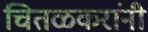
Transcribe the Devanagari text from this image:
चितळकरांनी